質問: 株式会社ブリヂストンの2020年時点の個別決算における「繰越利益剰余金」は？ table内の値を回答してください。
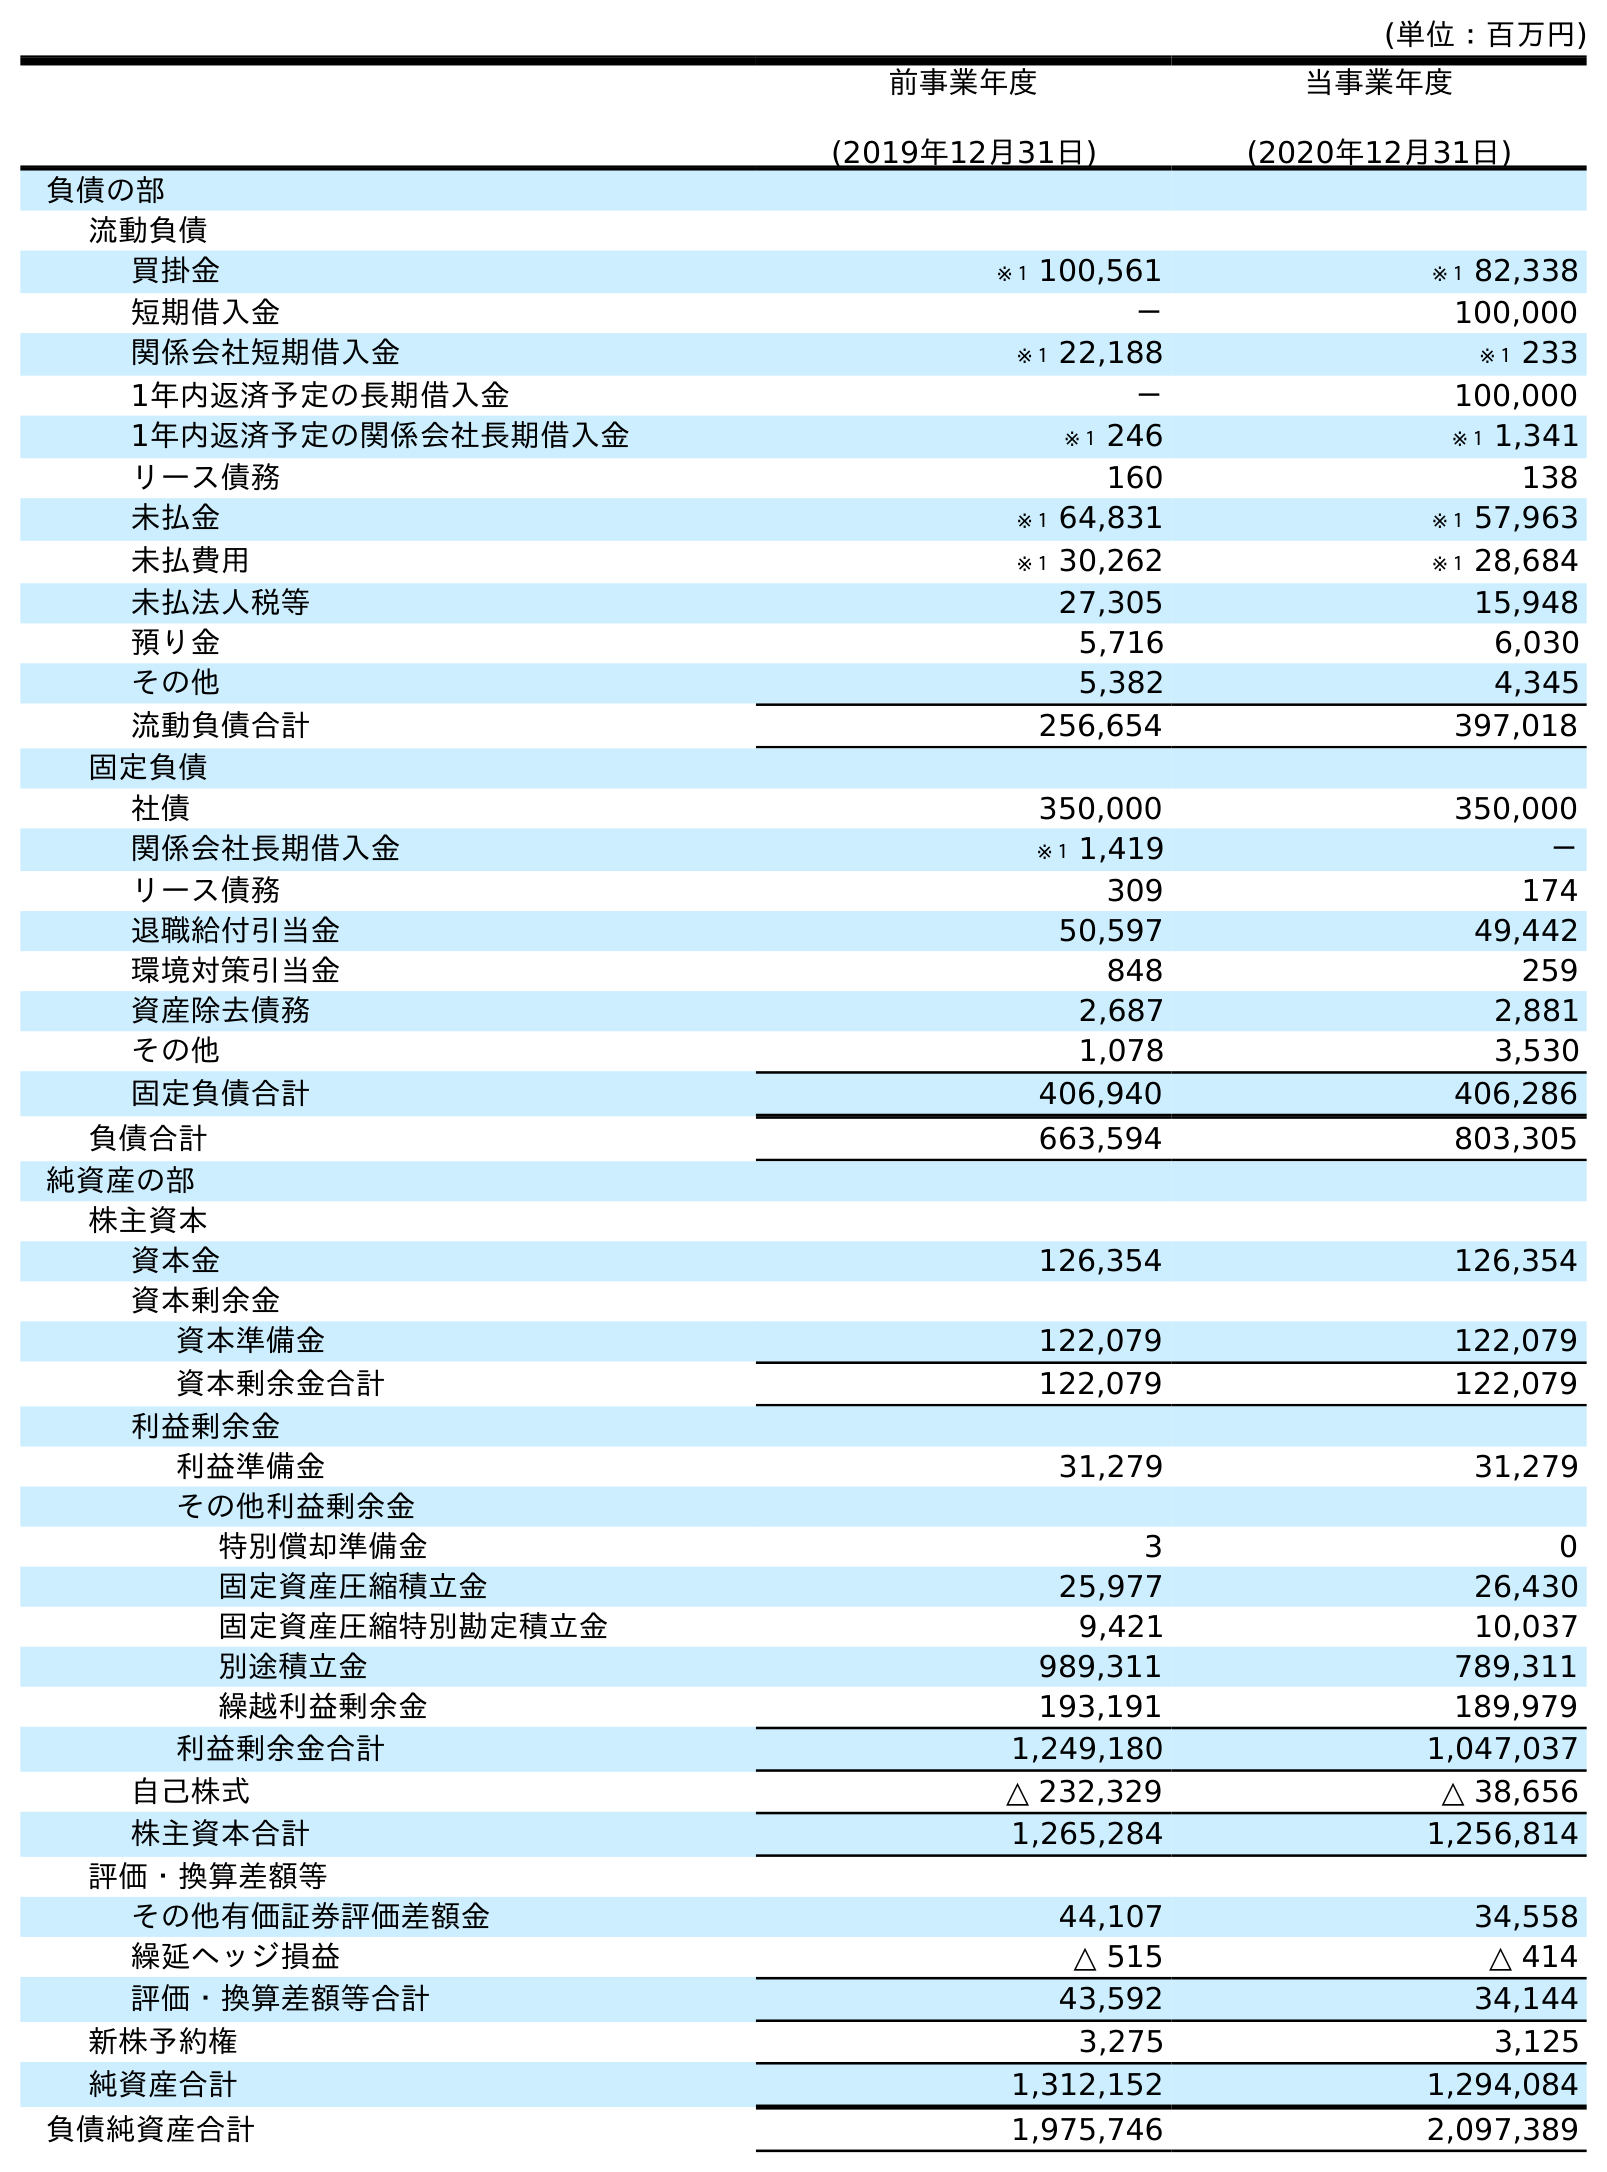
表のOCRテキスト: (単位：百万円) 前事業年度 (2019年12月31日) 当事業年度 (2020年12月31日) 負債の部 流動負債 買掛金 ※１ 100,561 ※１ 82,338 短期借入金 － 100,000 関係会社短期借入金 ※１ 22,188 ※１ 233 1年内返済予定の長期借入金 － 100,000 1年内返済予定の関係会社長期借入金 ※１ 246 ※１ 1,341 リース債務 160 138 未払金 ※１ 64,831 ※１ 57,963 未払費用 ※１ 30,262 ※１ 28,684 未払法人税等 27,305 15,948 預り金 5,716 6,030 その他 5,382 4,345 流動負債合計 256,654 397,018 固定負債 社債 350,000 350,000 関係会社長期借入金 ※１ 1,419 － リース債務 309 174 退職給付引当金 50,597 49,442 環境対策引当金 848 259 資産除去債務 2,687 2,881 その他 1,078 3,530 固定負債合計 406,940 406,286 負債合計 663,594 803,305 純資産の部 株主資本 資本金 126,354 126,354 資本剰余金 資本準備金 122,079 122,079 資本剰余金合計 122,079 122,079 利益剰余金 利益準備金 31,279 31,279 その他利益剰余金 特別償却準備金 3 0 固定資産圧縮積立金 25,977 26,430 固定資産圧縮特別勘定積立金 9,421 10,037 別途積立金 989,311 789,311 繰越利益剰余金 193,191 189,979 利益剰余金合計 1,249,180 1,047,037 自己株式 △ 232,329 △ 38,656 株主資本合計 1,265,284 1,256,814 評価・換算差額等 その他有価証券評価差額金 44,107 34,558 繰延ヘッジ損益 △ 515 △ 414 評価・換算差額等合計 43,592 34,144 新株予約権 3,275 3,125 純資産合計 1,312,152 1,294,084 負債純資産合計 1,975,746 2,097,389
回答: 189,979